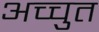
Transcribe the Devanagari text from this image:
अच्चुत